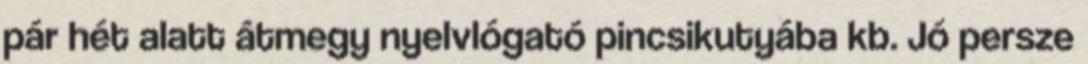
pár hét alatt átmegy nyelvlógató pincsikutyába kb. Jó persze